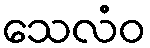
သေလံဝ